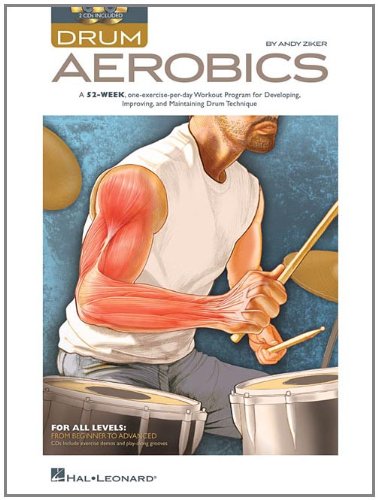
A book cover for Drum Aerobics; Andy Ziker; Health, Fitness & Dieting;